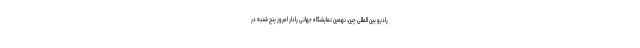
رادیو بین المللی چین، نهمین نمایشگاه جهانی رادار امروز پنج شنبه در